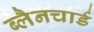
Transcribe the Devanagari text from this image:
ब्लैनचार्ड